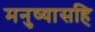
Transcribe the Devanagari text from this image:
मनुष्यासहि